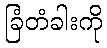
ခြံတံခါးကို